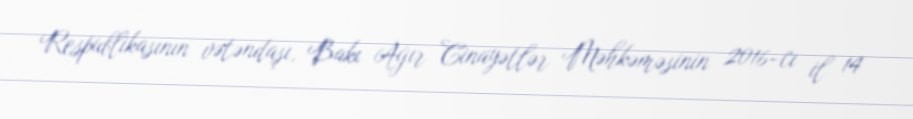
Respublikasının vətəndaşı, Bakı Ağır Cinayətlər Məhkəməsinin 2016-cı il 14